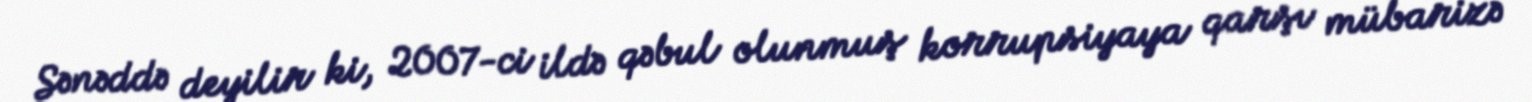
Sənəddə deyilir ki, 2007-ci ildə qəbul olunmuş korrupsiyaya qarşı mübarizə